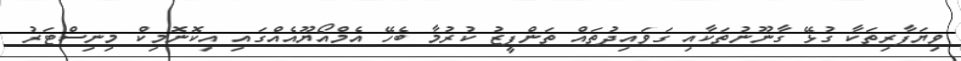
ވިޔަފާރިތަކާ ގުޅޭ ގާނޫނުތަކާއި ގަވައިދުތައް ތަންފީޒު ކުރުމާ ބެހޭ އެމްއޯޔޫއެއްގައި އިކޮނޮމިކް މިނިސްޓަރު